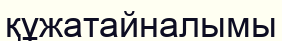
құжатайналымы